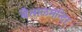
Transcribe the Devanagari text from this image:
बैतालमन्दिर